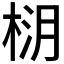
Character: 𪲚